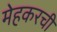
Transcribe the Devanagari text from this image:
मेहकरची